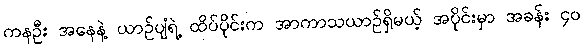
ကနဦး အနေနဲ့ ယာဉ်ပျံရဲ့ ထိပ်ပိုင်းက အာကာသယာဉ်ရှိမယ့် အပိုင်းမှာ အခန်း ၄၀